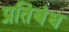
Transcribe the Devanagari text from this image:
प्रतिंबंध